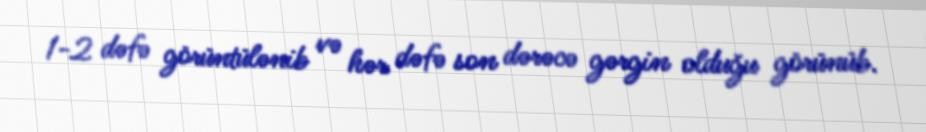
1-2 dəfə görüntülənib və hər dəfə son dərəcə gərgin olduğu görünüb.